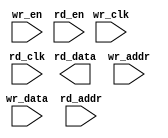
module memory_dp(/*AUTOARG*/
   // Outputs
   rd_data,
   // Inputs
   wr_clk, wr_en, wr_addr, wr_data, rd_clk, rd_en, rd_addr
   );

   parameter AW      = 14;   
   parameter DW      = 32;
   parameter WED     = DW/8; //one per byte  
   parameter MD      = 1<<AW;//memory depth

   //write-port
   input               wr_clk; //write clock
   input [WED-1:0]     wr_en;  //write enable vector
   input [AW-1:0]      wr_addr;//write address
   input [DW-1:0]      wr_data;//write data

   //read-port   
   input 	       rd_clk; //read clock
   input 	       rd_en;  //read enable
   input [AW-1:0]      rd_addr;//read address
   output[DW-1:0]      rd_data;//read output data
   
   //////////////////////
   //SIMPLE MEMORY MODEL 
   //////////////////////   

`ifdef TARGET_CLEAN     

   reg [DW-1:0]        ram    [MD-1:0];  
   reg [DW-1:0]        rd_data;
   
   //read port
   always @ (posedge rd_clk)
     if(rd_en)       
       rd_data[DW-1:0] <= ram[rd_addr[AW-1:0]];

   //write port
   generate
      genvar 	     i;
      for (i = 0; i < WED; i = i+1) begin: gen_ram
	 always @(posedge wr_clk)
           begin  
              if (wr_en[i]) 
                ram[wr_addr[AW-1:0]][(i+1)*8-1:i*8] <= wr_data[(i+1)*8-1:i*8];
           end
      end
   endgenerate
`elsif TARGET_XILINX
   //instantiate XILINX BRAM (based on parameter size)
      
`elsif TARGET_ALTERA
   
`endif
   
endmodule